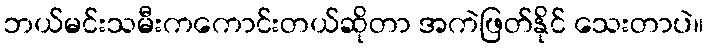
ဘယ်မင်းသမီးကကောင်းတယ်ဆိုတာ အကဲဖြတ်နိုင် သေးတာပဲ။